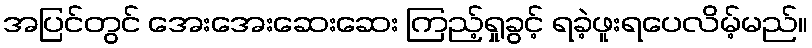
အပြင်တွင် အေးအေးဆေးဆေး ကြည့်ရှုခွင့် ရခဲ့ဖူးရပေလိမ့်မည်။